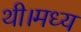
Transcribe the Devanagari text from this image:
थी।मध्य